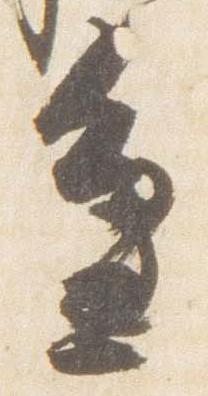
辺